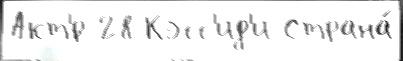
Акт'́р 28 Кэсс'ид'и Страна́